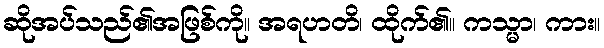
ဆိုအပ်သည်၏အဖြစ်ကို။ အရဟတိ၊ ထိုက်၏။ ကသ္မာ၊ ကား။